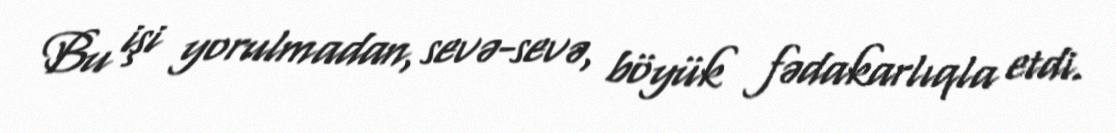
Bu işi yorulmadan, sevə-sevə, böyük fədakarlıqla etdi.